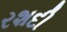
રશદી